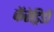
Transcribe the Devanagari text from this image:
कॅरेड्रिडी